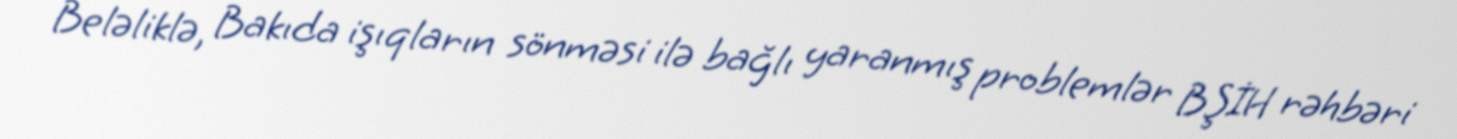
Beləliklə, Bakıda işıqların sönməsi ilə bağlı yaranmış problemlər BŞİH rəhbəri